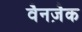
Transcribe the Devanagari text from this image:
वैनज़ैक